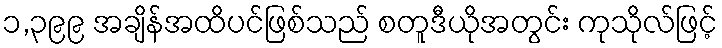
၁,၃၉၉ အချိန်အထိပင်ဖြစ်သည် စတူဒီယိုအတွင်း ကုသိုလ်ဖြင့်